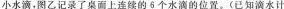
小水滴，图乙记录了做面上连续的5个水滴的位置。(已知滴水计